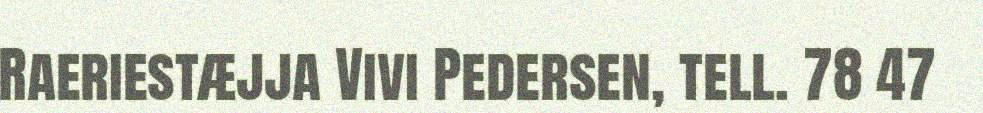
Raeriestæjja Vivi Pedersen, tell. 78 47